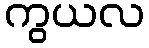
ကွယလ